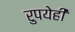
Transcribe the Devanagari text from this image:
रुपयेही